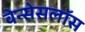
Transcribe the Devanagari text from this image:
वेन्सेसलॉस